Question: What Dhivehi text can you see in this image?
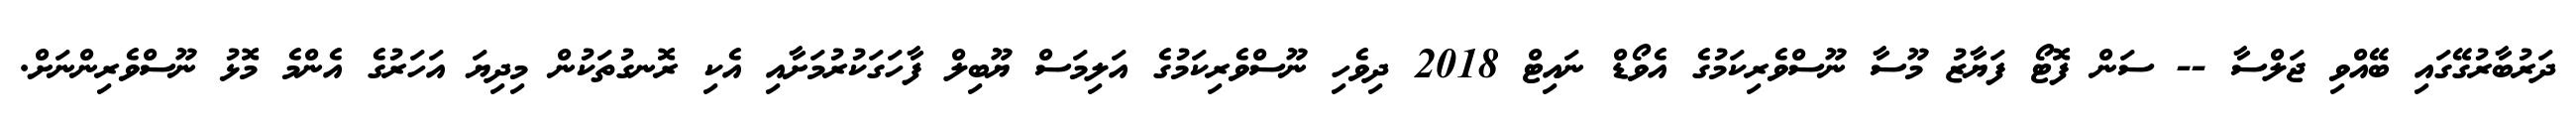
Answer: ދަރުބާރުގޭގައި ބޭއްވި ޖަލްސާ -- ސަން ފޮޓޯ ފަޔާޒު މޫސާ ނޫސްވެރިކަމުގެ އެވޯޑް ނައިޓް 2018 ދިވެހި ނޫސްވެރިކަމުގެ އަލިމަސް ޔޫބިލް ފާހަގަކުރުމަށާއި އެކި ރޮނގުތަކުން މިދިޔަ އަހަރުގެ އެންމެ މޮޅު ނޫސްވެރިންނަށް.